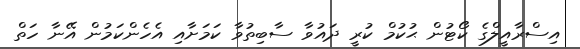
އިސްރާއީލްގެ ކޯޓުން ޙުކުމް ކުރީ ދައުވާ ސާބިތުވާ ކަމަށާއި އެހެންކަމުން އޭނާ ހަތް